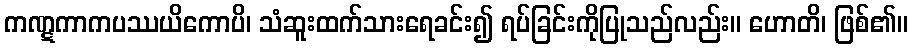
ကဏ္ဋကာကပဿယိကောပိ၊ သံဆူးထက်သားရေခင်း၍ ရပ်ခြင်းကိုပြုသည်လည်း။ ဟောတိ၊ ဖြစ်၏။